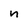
Character: n